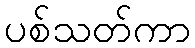
ပစ်သတ်ကာ